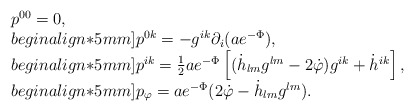
\begin{align*}\begin{array}{l}p^{00}=0,\\begin{align*}5mm]p^{0k}=-g^{ik}\partial_i (ae^{-\Phi}),\\begin{align*}5mm]p^{ik}=\frac{1}{2} ae^{-\Phi}\left[(\dot{h}_{lm}g^{lm}-2\dot{\varphi})g^{ik}+\dot{h}^{ik} \right],\\begin{align*}5mm]p_{\varphi} =ae^{-\Phi}(2\dot{\varphi}-\dot{h}_{lm}g^{lm}).\end{array}\end{align*}